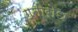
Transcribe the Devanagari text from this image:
गतीरोध